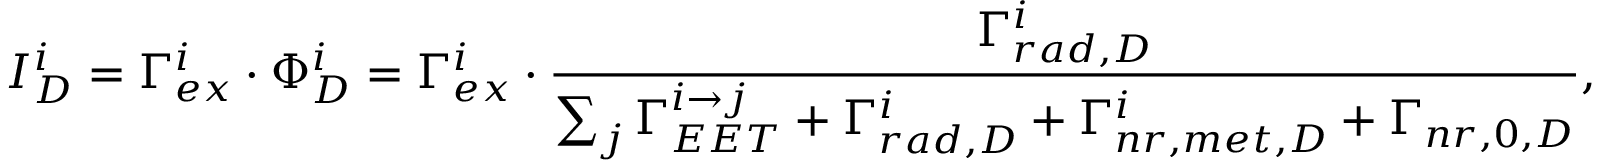
I _ { D } ^ { i } = \Gamma _ { e x } ^ { i } \cdot \Phi _ { D } ^ { i } = \Gamma _ { e x } ^ { i } \cdot \frac { \Gamma _ { r a d , D } ^ { i } } { \sum _ { j } \Gamma _ { E E T } ^ { i \to j } + \Gamma _ { r a d , D } ^ { i } + \Gamma _ { n r , m e t , D } ^ { i } + \Gamma _ { n r , 0 , D } } ,